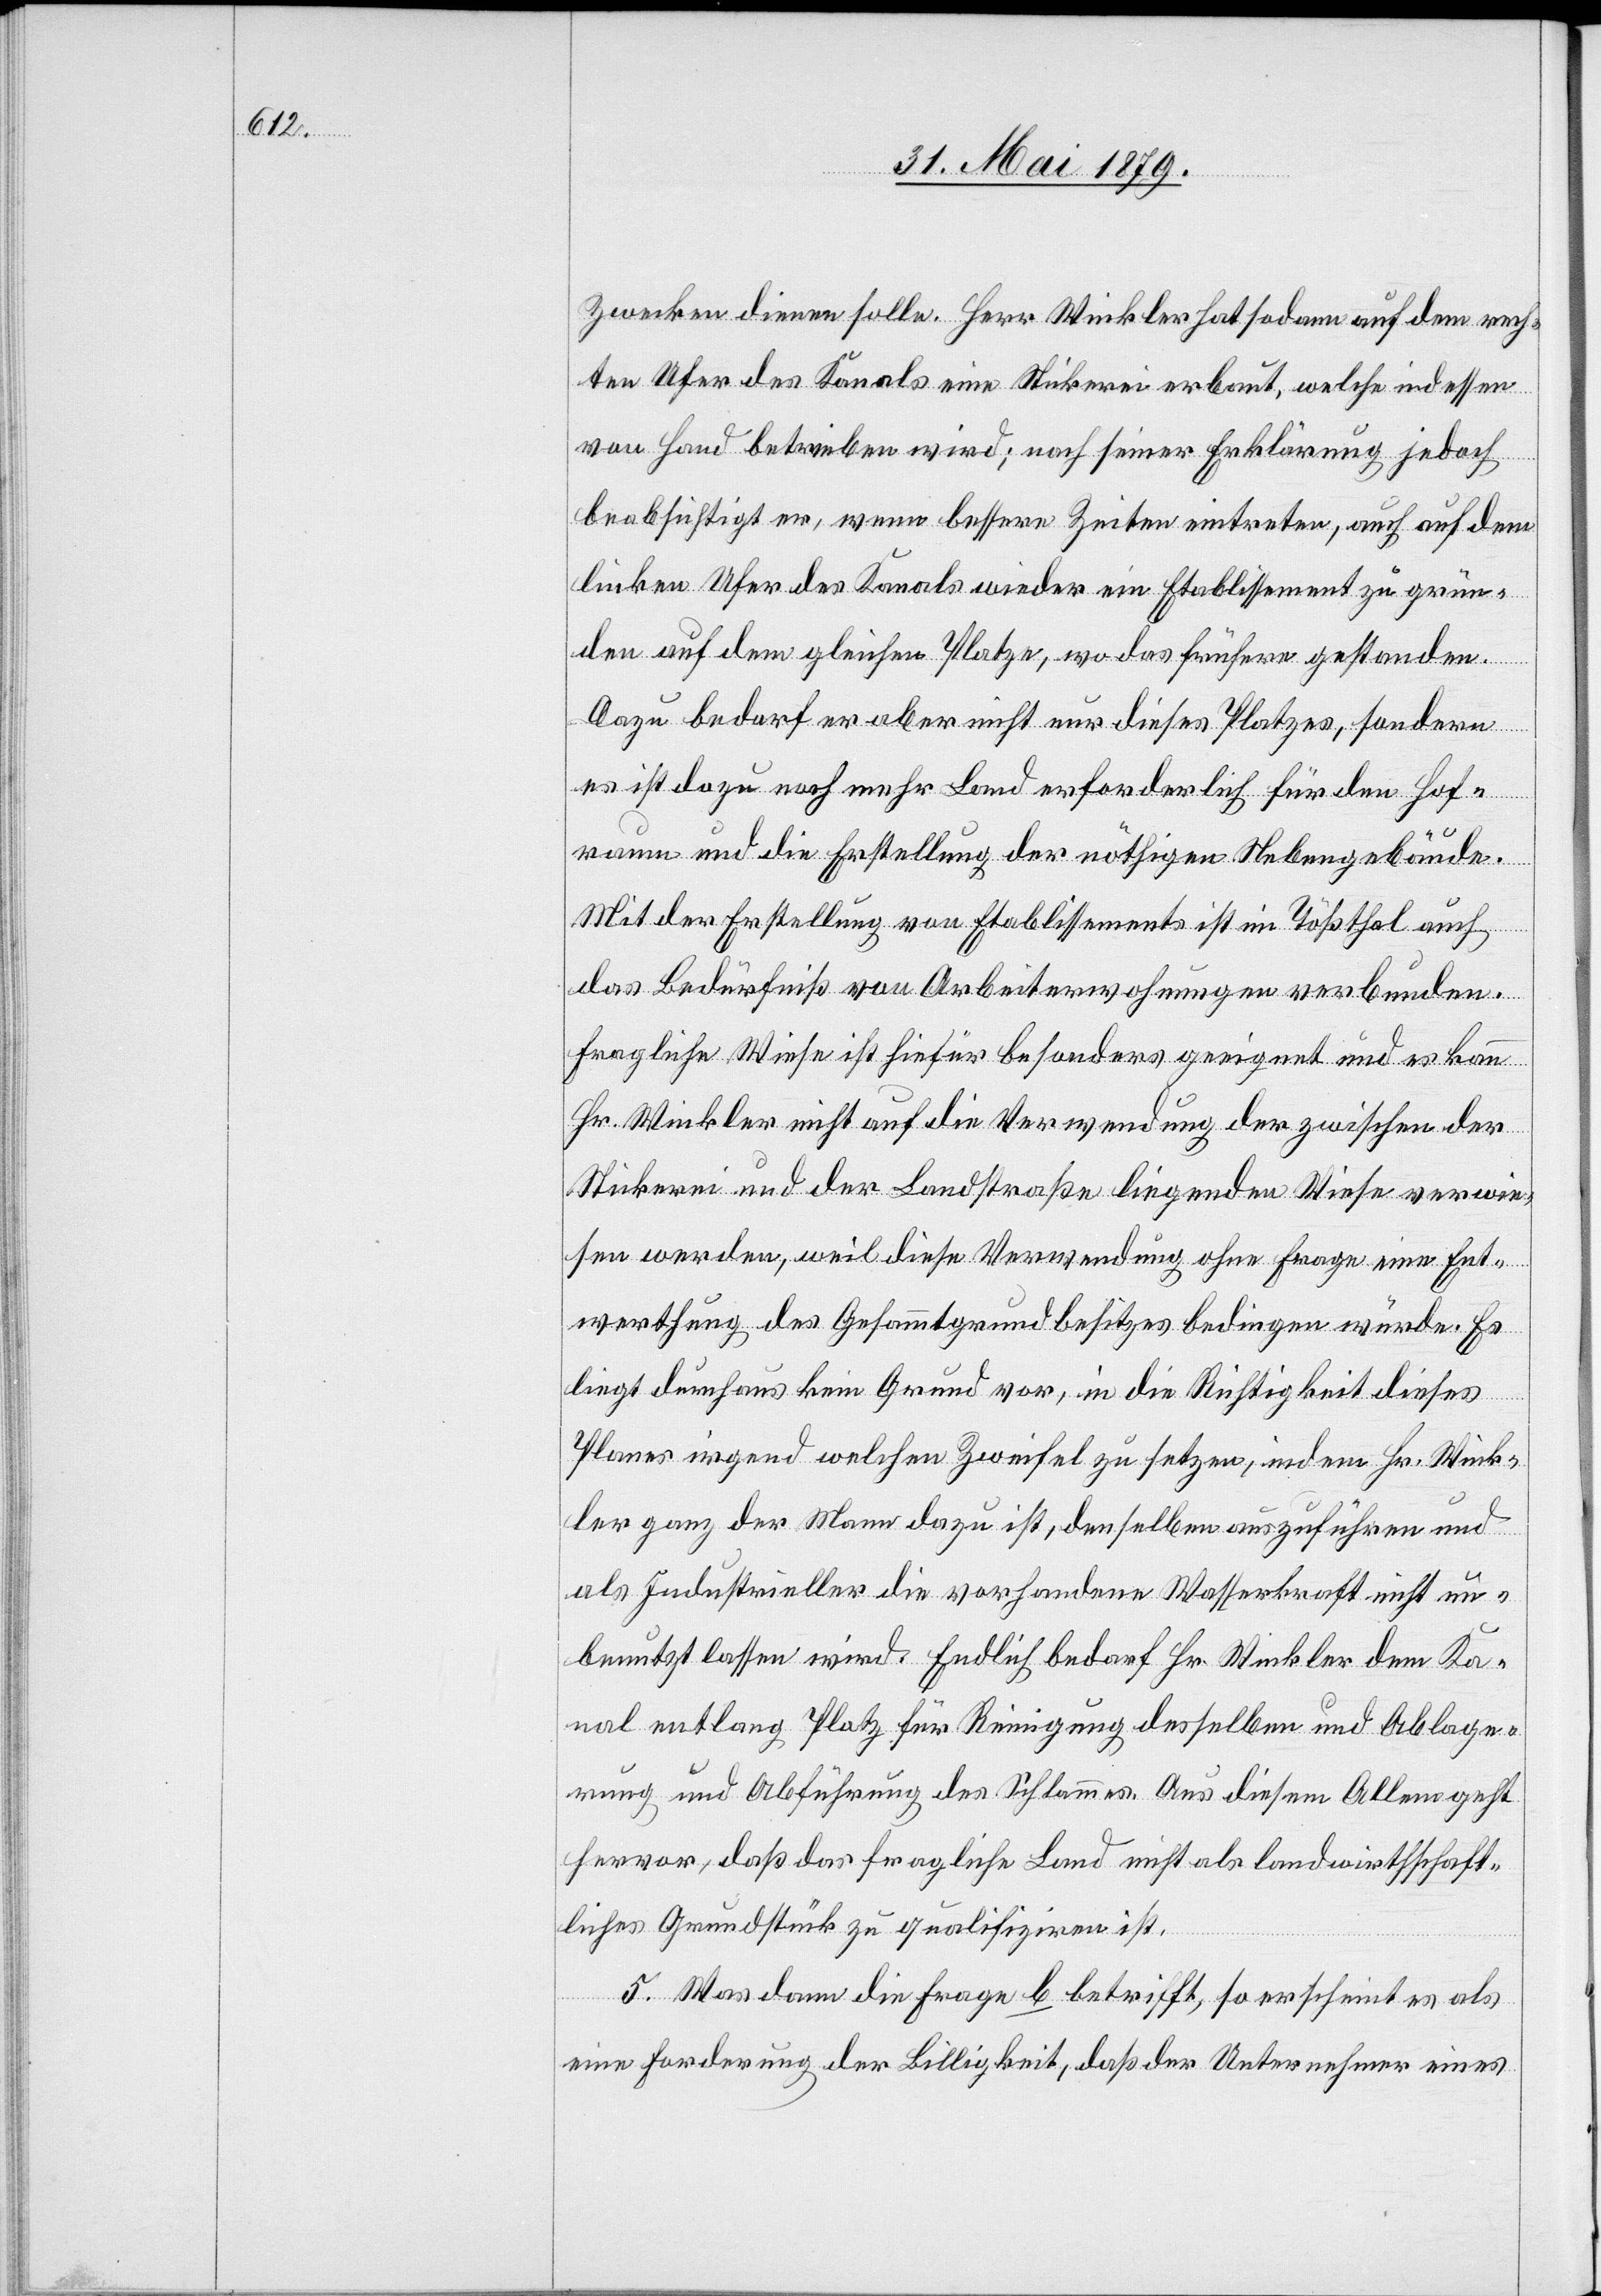
Zwecken dienen solle. Herr Winkler hat sodann auf dem rech¬
ten Ufer des Kanals eine Stickerei erbaut, welche indessen
von Hand betrieben wird; nach seiner Erklärung jedoch
beabsichtigt er, wenn bessere Zeiten eintreten, auch auf dem
linken Ufer des Kanals wieder ein Etablissement zu grün¬
den auf dem gleichen Platze, wo das frühere gestanden.
Dazu bedarf er aber nicht nur dieses Platzes, sondern
es ist dazu noch mehr Land erforderlich für den Hof¬
raum und die Erstellung der nöthigen Nebengebäude.
Mit der Erstellung von Etablissements ist im Tößthal auch
das Bedürfniß von Arbeiterwohnungen verbunden.
Fragliche Wiese ist hiefür besonders geeignet und es kann
Hr. Winkler nicht auf die Verwendung der zwischen der
Stickerei und der Landstraße liegenden Wiese verwie¬
sen werden, weil diese Verwendung ohne Frage eine Ent¬
werthung des Gesammtgrundbesitzes bedingen würde. Es
liegt durchaus kein Grund vor, in die Richtigkeit dieses
Planes irgend welchen Zweifel zu setzen, indem Hr. Wink¬
ler ganz der Mann dazu ist, denselben auszuführen und
als Industrieller die vorhandene Wasserkraft nicht un¬
benutzt lassen wird. Endlich bedarf Hr. Winkler dem Ka¬
nal entlang Platz für Reinigung desselben und Ablage¬
rung und Abführung des Schlammes. Aus diesem Allem geht
hervor, daß das fragliche Land nicht als landwirthschaft¬
liches Grundstück zu qualifiziren ist.
5. Was dann die Frage b betrifft, so erscheint es als
eine Forderung der Billigkeit, daß der Unternehmer eines